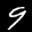
Label: 9